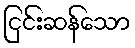
ငြင်းဆန်သော